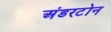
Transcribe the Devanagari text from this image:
अंडरटोन